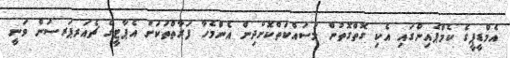
އެމްޑީޕީގެ ކެމްޕެއިންގައި އެކި ގޮތްގޮތުން މަސައްކަތްކޮށްދިން އެންމެހާ ފަރާތްތަކަށް އެޕާޓީގެ ޗެއަރޕަރސަން ވަނީ